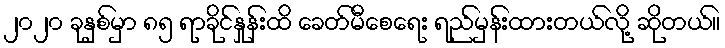
၂၀၂၀ ခုနှစ်မှာ ၈၅ ရာခိုင်နှုန်းထိ ခေတ်မီစေရေး ရည်မှန်းထားတယ်လို့ ဆိုတယ်။